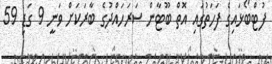
ފުޓްބޯޅައިގެ ފަހަތުގައި އޮތް ބޫޓާން ސަރަހައްދުގެ ބާރަކަށް ވަނީ 9 ގަޑި 59